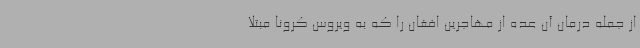
از جمله درمان آن عده از مهاجرین افغان را که به ویروس کرونا مبتلا